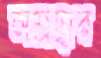
অশ্রদ্ধার